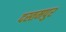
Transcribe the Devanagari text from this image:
दस्तमपुर